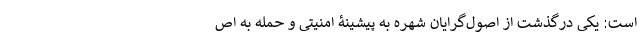
است: یکی درگذشت از اصول‌گرایان شهره به پیشینۀ امنیتی و حمله به اص